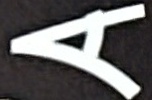
A